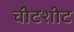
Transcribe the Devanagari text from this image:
चीटशीट